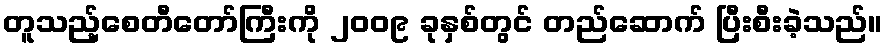
တူသည့်စေတီတော်ကြီးကို ၂၀၀၉ ခုနှစ်တွင် တည်ဆောက် ပြီးစီးခဲ့သည်။